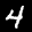
Label: 4